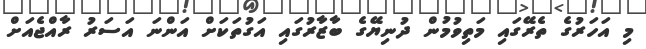
މި އަހަރުގެ ތެރޭގައި މަތިވުމުން ދުނިޔޭގެ ބާޒާރުގައި އަގުތަކަށް އަންނަ އަސަރު ރާއްޖެއަށް